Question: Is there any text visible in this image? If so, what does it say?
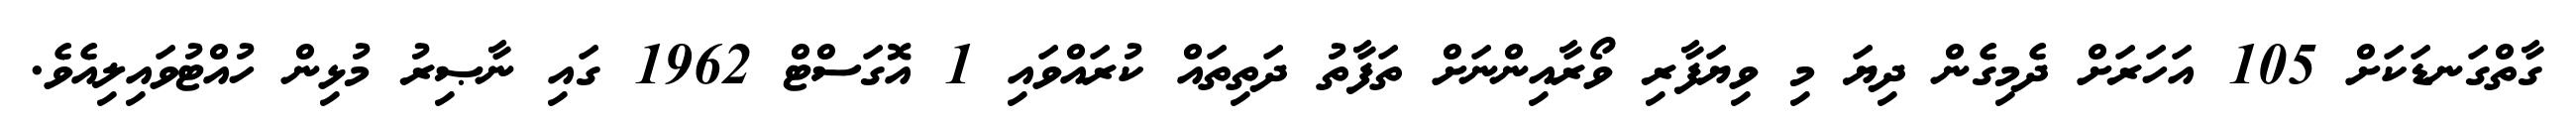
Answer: ގާތްގަނޑަކަށް 105 އަހަރަށް ދެމިގެން ދިޔަ މި ވިޔަފާރި ވޯރާއިންނަށް ތަފާތު ދަތިތައް ކުރައްވައި 1 އޮގަސްޓް 1962 ގައި ނާޞިރު މުޅިން ހުއްޓުވައިލިއެވެ.